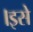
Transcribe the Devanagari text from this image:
।इसे